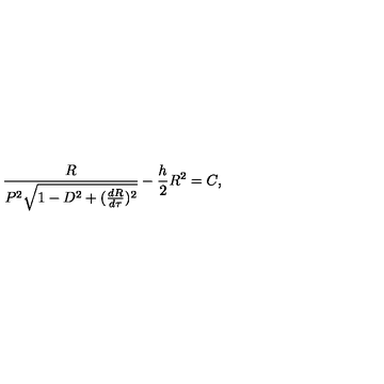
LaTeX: \frac { R } { P ^ { 2 } \sqrt { 1 - D ^ { 2 } + ( \frac { d R } { d \tau } ) ^ { 2 } } } - \frac { h } { 2 } R ^ { 2 } = C ,